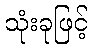
သုံးခုဖြင့်